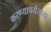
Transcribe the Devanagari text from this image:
करण्यापर्यंतच्या